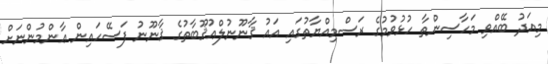
މިއަދު ބޭއްވި މަހާސިންތާ ހުޅުވުމުގެ ރަސްމިއްޔާތުގައި އައު ޤާނޫނުލްޢުޤޫބާތުގެ ޤާނޫނު ފަސޭހައިން ޢާންމުންނަށް